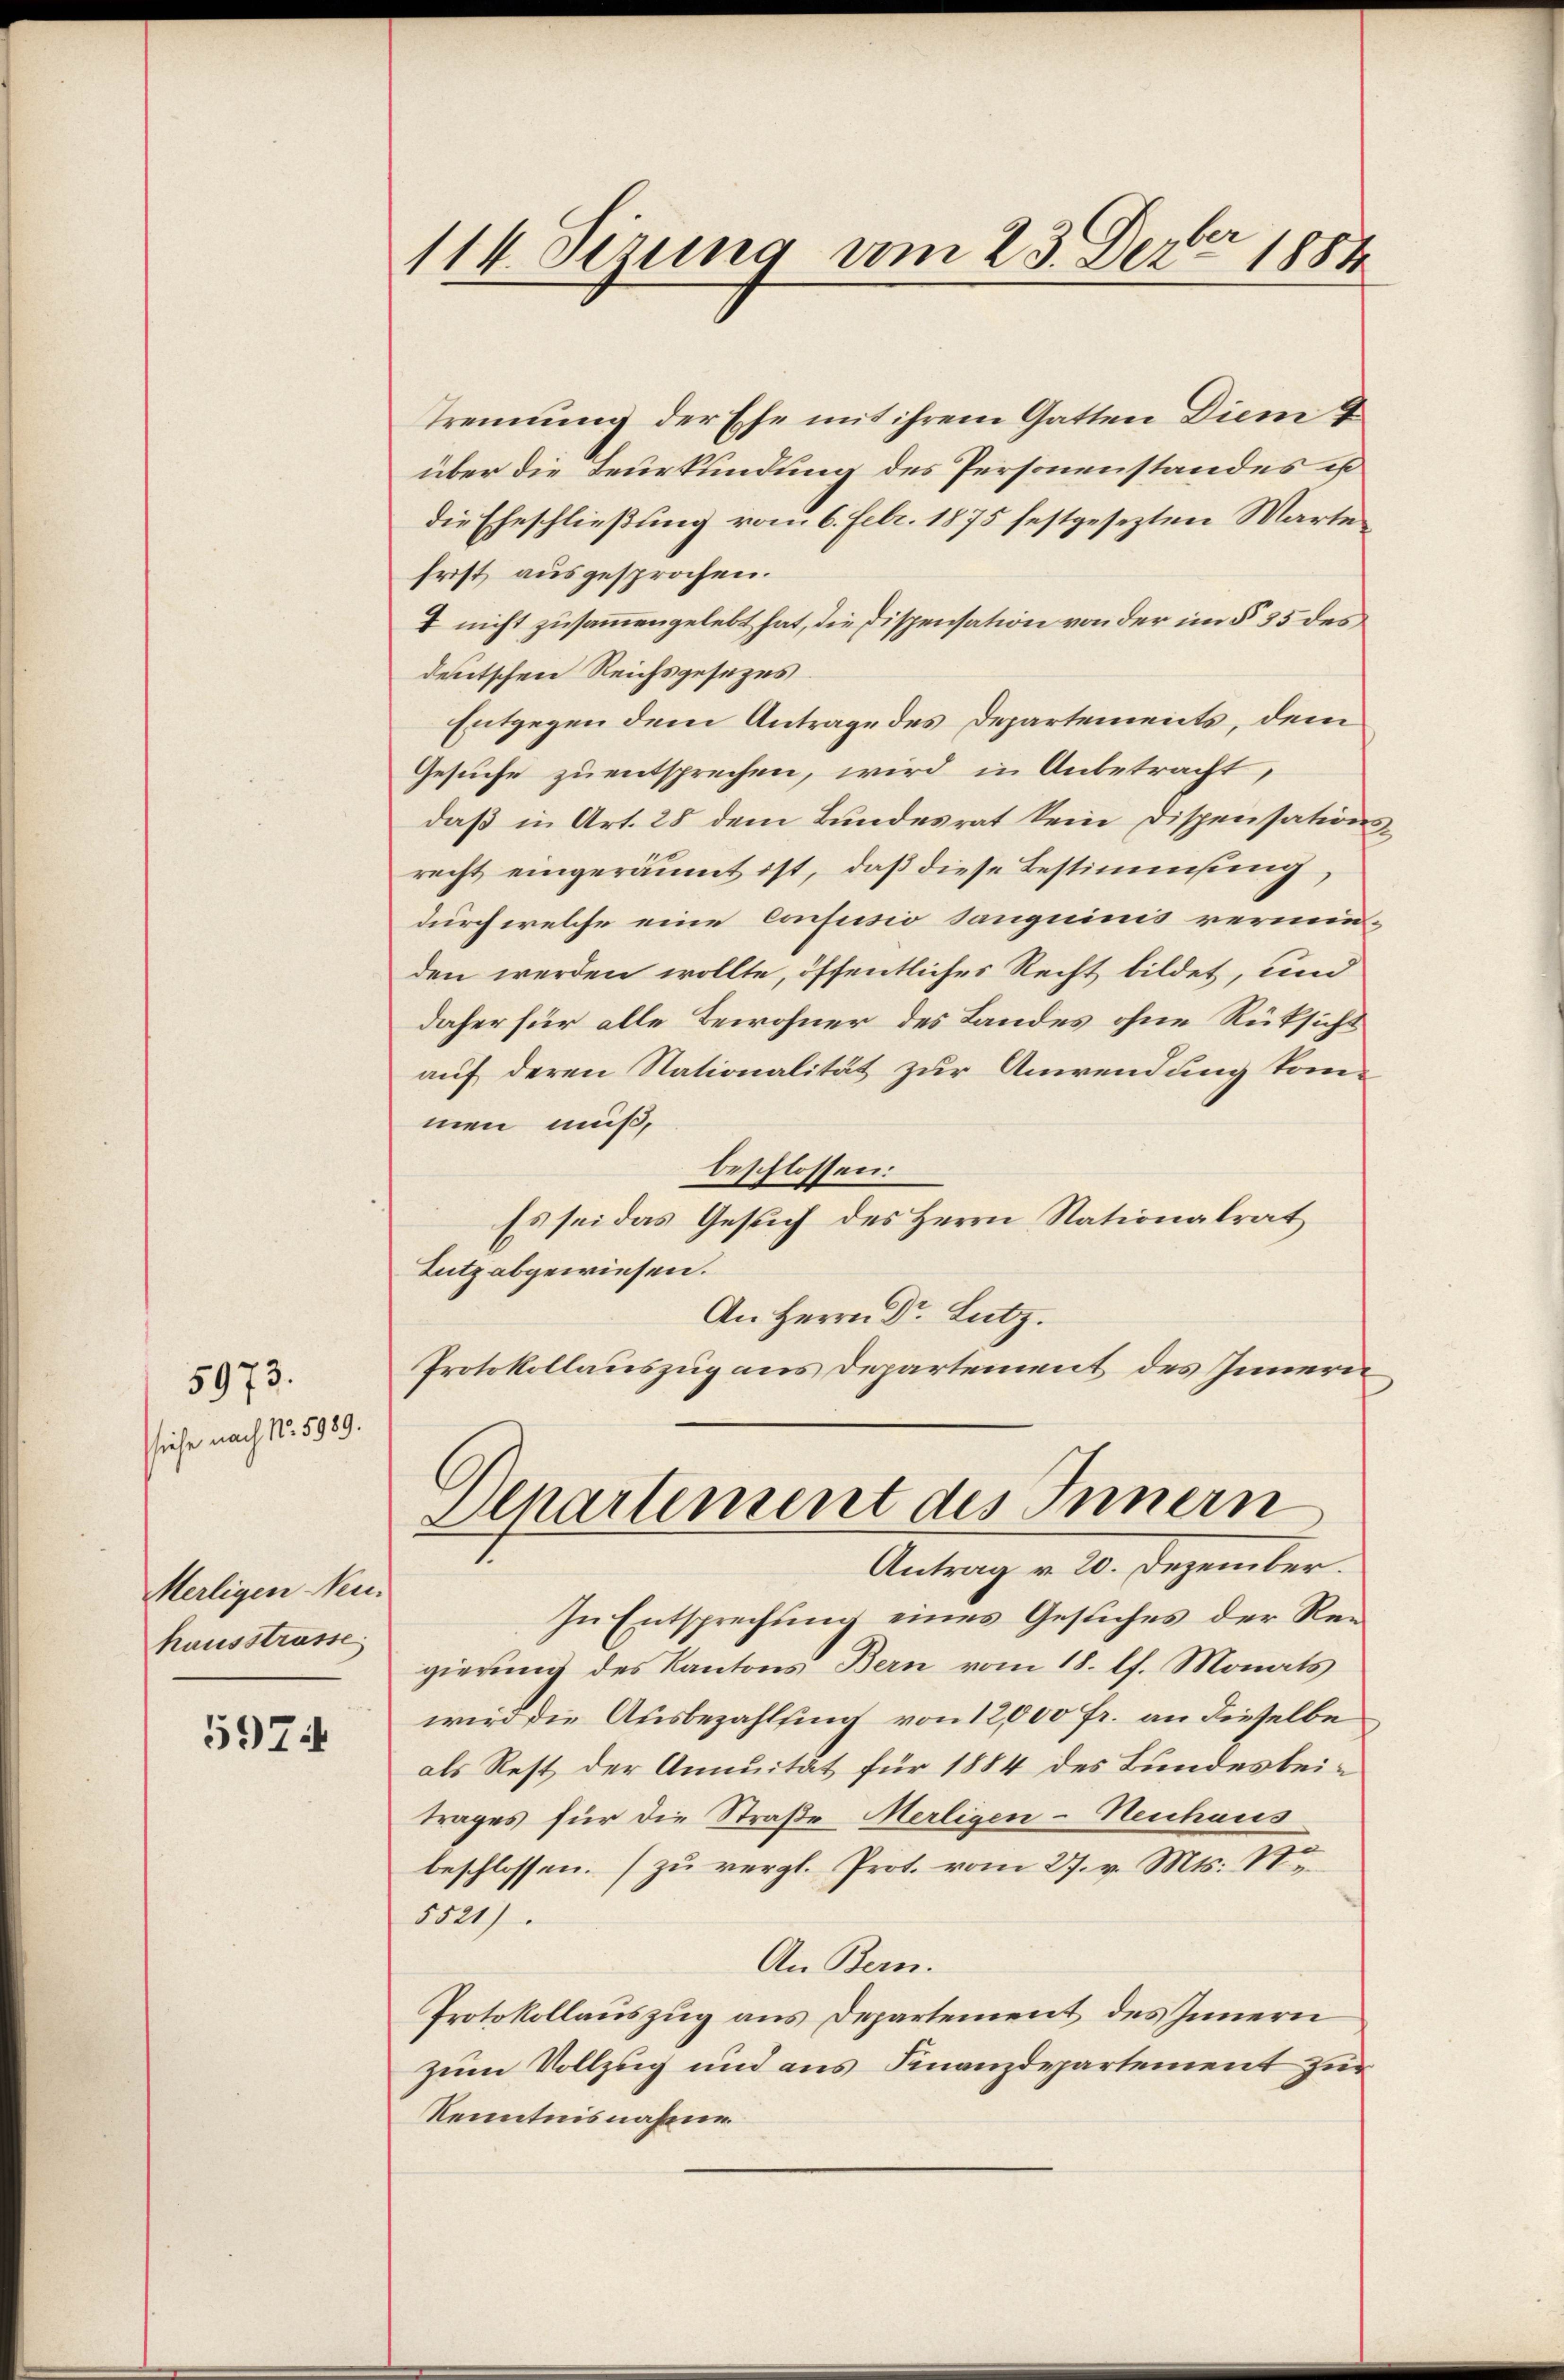
siche nach No. 599.

5973.

Merligen Neu
hausstrasse

5974

114 sezung vom 23. Dezbr 1884

Trennung der Ehe mit ihrem Gatten Diem &
über die Beurkundung des Personenstandes e
die Eheschließung vom 6. Febr. 1875 festgesezten Warte
frist ausgesprochen.
I nicht zusammengelebt hat, die Dispensation von der im § 35 des
deutschen Reichsgesezes.
Entgegen dem Antrage des Departements, dem
Gesuche zu entsprechen, wird in Anbetracht,
daß in Art. 28 dem Bundesrat kein Dispensationsrecht eingeräumt ist, daß diese Bestimmung
durch welche eine confusio sanguinis verminden werden wollte, öffentliches Recht bildet, und
daher für alle Bewohner des Landes ohne Rüksicht
auf deren Nationalität zur Anwendung kommen muß,
beschlossen:
Es sei das Gesuch des Herrn Nationalrat
Lutz abgewiesen.
An Herrn Dr. Lutz.
Protokollauszug aus Departement des Innern
Apartement des Innern
Antrag v. 20. Dezember.
In Entsprechung eines Gesuches der Regierung des Kantons Bern vom 18. lt. Monats
wird die Ausbezahlung von 12,000 Fr. an dieselbe
als Rest der Annuität für 1884 des Bundesbeitrages für die Straße Merligen-Neuhaus
beschlossen. (zu vergl. Prot. vom 27. v. Mts. St
5521)
An Bern.
Protokollauszug aus Departement des Innern
zum Vollzug und aus Finanzdepartement zur
Kenntnisnahme